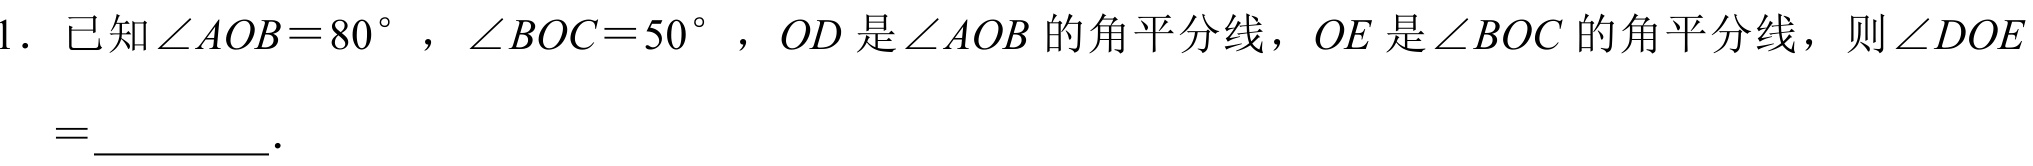
1. 已知\(\angle AOB = 80^{\circ}\)，\(\angle BOC = 50^{\circ}\)，\(OD\)是\(\angle AOB\)的角平分线，\(OE\)是\(\angle BOC\)的角平分线，则\(\angle DOE=\)  ．